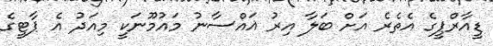
ޑީއާރްޕީގެ އެތެރެ އަށް ބަލާ އިރު ޣައްސާނު މައުމޫނަކީ މިއަދު އެ ޕާޓީގެ